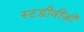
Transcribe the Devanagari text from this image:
स्टडीवीज़ी